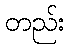
တည်း